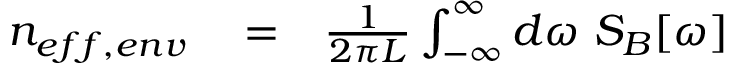
\begin{array} { r l r } { n _ { e f f , e n v } } & { { } = } & { \frac { 1 } { 2 \pi L } \int _ { - \infty } ^ { \infty } d \omega \ S _ { B } [ \omega ] } \end{array}